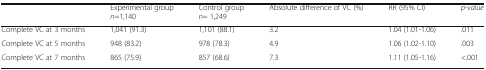
<table><thead><tr><td></td><td><b>Experimental group<i>n</i>=1,140</b></td><td><b>Control group<i>n</i>= 1,249</b></td><td><b>Absolute difference of VC (%)</b></td><td><b>RR (95% CI)</b></td><td><b><i>p-value</i></b></td></tr></thead><tbody><tr><td>Complete VC at 3 months</td><td>1,041 (91.3)</td><td>1,101 (88.1)</td><td>3.2</td><td>1.04 (1.01-1.06)</td><td>.011</td></tr><tr><td>Complete VC at 5 months</td><td>948 (83.2)</td><td>978 (78.3)</td><td>4.9</td><td>1.06 (1.02-1.10)</td><td>.003</td></tr><tr><td>Complete VC at 7 months</td><td>865 (75.9)</td><td>857 (68.6)</td><td>7.3</td><td>1.11 (1.05-1.16)</td><td>&lt;.001</td></tr></tbody></table>